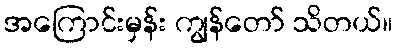
အကြောင်းမှန်း ကျွန်တော် သိတယ်။